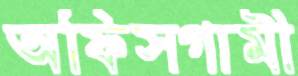
অফিসগামী